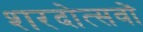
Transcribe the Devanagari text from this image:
शरदोत्सवों